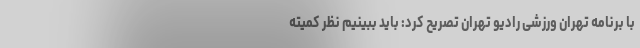
با برنامه تهران ورزشی رادیو تهران تصریح کرد: باید ببینیم نظر کمیته